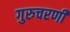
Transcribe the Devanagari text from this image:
गुरुचरणी